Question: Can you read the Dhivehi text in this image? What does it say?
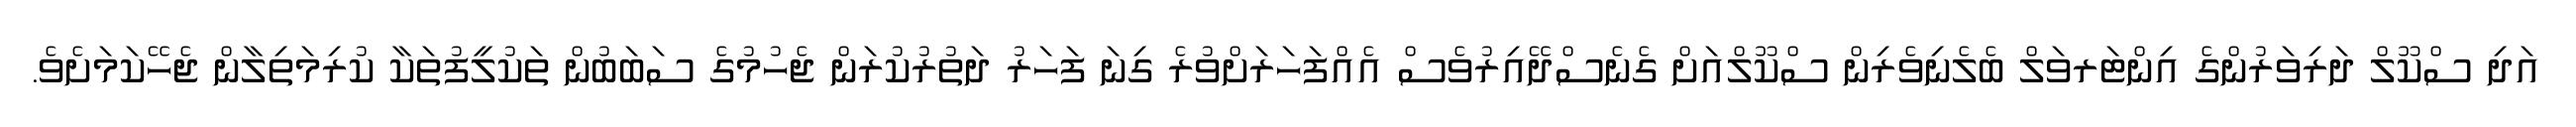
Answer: އަދި ސްކޫލް ދަރިވަރުންގެ އިންޓަރވަލް ބެލެނިވެރިން ސްކޫލްއަށް ގެނެސްދޭއިރުވެސް އެއްފަހަރަށްވުރެ ގިނަ ފަހަރު ދަތުރުކުރަން ޖެހުމުގެ ސަބަބުން ތަކުލީފުތަކާ ކުރިމަތިލާން ޖެހޭކަމަށެވެ.